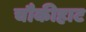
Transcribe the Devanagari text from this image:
चौकीहाट